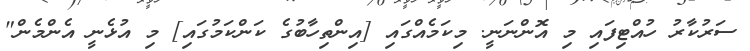
ސަރުކާރު ހުއްޓިފައި މި އޮންނަނީ. މިކަމެއްގައި [އިންތިހާބުގެ ކަންކަމުގައި] މި އުޅެނީ އެންމެން"